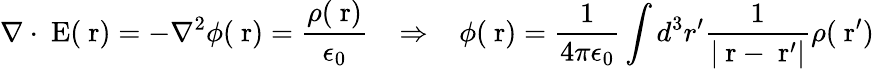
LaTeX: \nabla\cdot\mathrm{\mathbf~E}(\mathrm{\mathbf~r})=-\nabla^{2}\phi(\mathrm{\mathbf~r})=\frac{\rho(\mathrm{\mathbf~r})}{\epsilon_{0}}\; \; \; \Rightarrow\; \; \; \phi(\mathrm{\mathbf~r})=\frac{1}{4\pi\epsilon_{0}}\int d^{3}r^{\prime}\frac{1}{|\mathrm{\mathbf~r}-\mathrm{\mathbf~r}^{\prime}|}\rho(\mathrm{\mathbf~r}^{\prime})